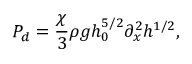
P _ { d } = \frac { \chi } { 3 } \rho g h _ { 0 } ^ { 5 / 2 } \partial _ { x } ^ { 2 } h ^ { 1 / 2 } ,